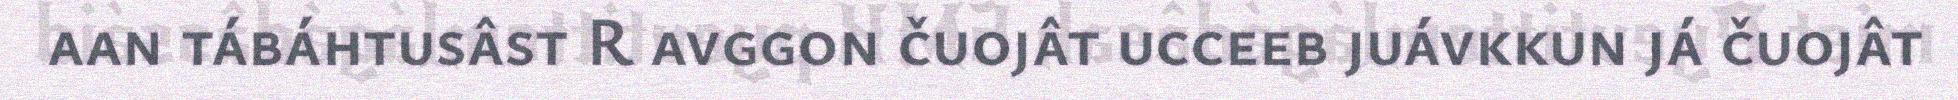
aan tábáhtusâst R avggon čuojât ucceeb juávkkun já čuojât